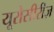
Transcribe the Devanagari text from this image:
यूरोसीरीज़